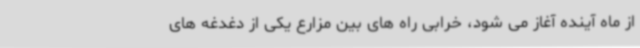
از ماه آینده آغاز می شود، خرابی راه های بین مزارع یکی از دغدغه های